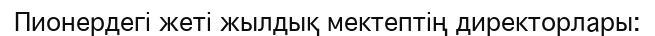
Пионердегі жеті жылдық мектептің директорлары: